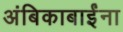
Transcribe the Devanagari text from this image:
अंबिकाबाईंना